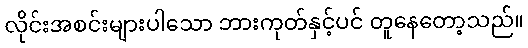
လိုင်းအစင်းများပါသော ဘားကုတ်နှင့်ပင် တူနေတော့သည်။